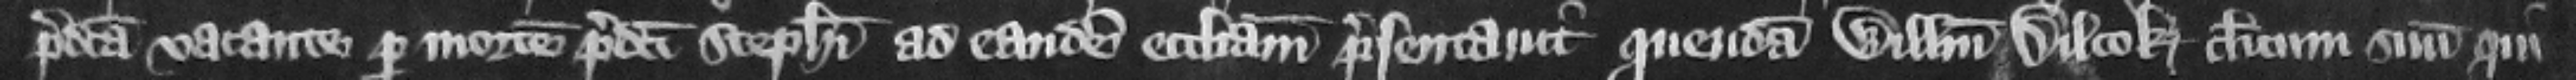
predicta vacante per mortem predicti Stephani ad eandem ecclesiam presentauit quondam Willelmum Dilcok clericum suum qui